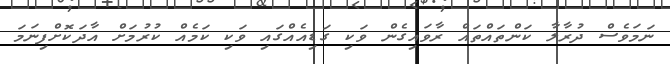
ނަމަވެސް ދުރާލާ ކަންތައްތައް ރާވައިގެން ވަކި ގަޑިއެއްގައި ވަކި ކަމެއް ކުރުމަށް އާދަކޮށްފިނަމަ